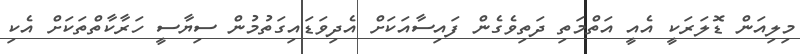
މިލިއަން ޑޮލަރަކީ އެއީ އަތްމަތި ދަތިވެގެން ފައިސާއަކަށް އެދިވަޑައިގަތުމުން ސިޔާސީ ހަރާކާތްތަކަށް އެކި